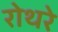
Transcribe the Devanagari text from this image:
रोथरे